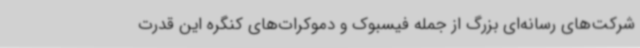
شرکت‌های رسانه‌ای بزرگ از جمله فیسبوک و دموکرات‌های کنگره این قدرت